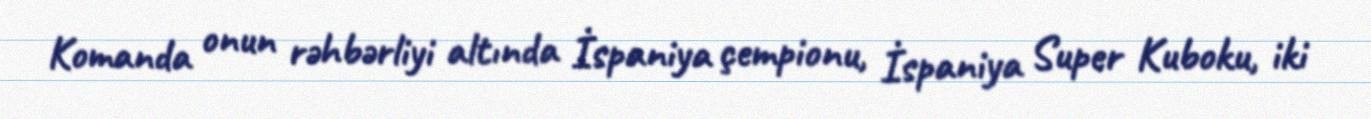
Komanda onun rəhbərliyi altında İspaniya çempionu, İspaniya Super Kuboku, iki